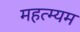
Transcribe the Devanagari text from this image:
महत्म्यम